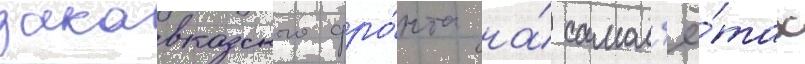
закавказского фро́нта на́ самол'ё́тах